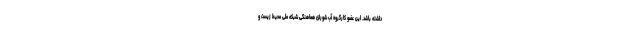
داشته باشد. این عضو کارگروه آب شورای هماهنگی شبکه ملی محیط زیست و